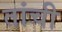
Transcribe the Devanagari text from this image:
तांची